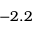
- 2 . 2